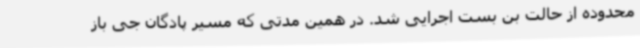
محدوده از حالت بن بست اجرایی شد. در همین مدتی که مسیر پادگان جی باز